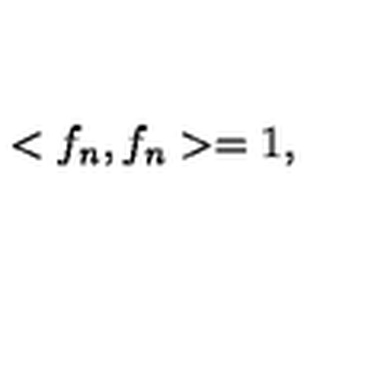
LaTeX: < f _ { n } , f _ { n } > = 1 ,